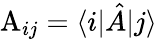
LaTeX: \mathrm{A}_{ij}=\langle i|\hat{A}|j\rangle